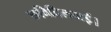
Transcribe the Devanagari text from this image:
छविदिलवाई।